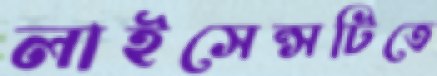
লাইসেন্সটিতে